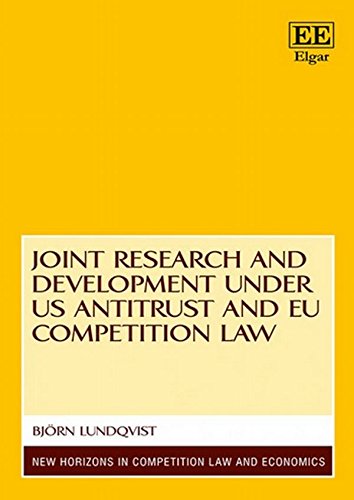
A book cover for Joint Research and Development Under US Antitrust and EU Competition Law (New Horizons in Competition Law and Economics series); Bjorn Lundqvist; Business & Money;